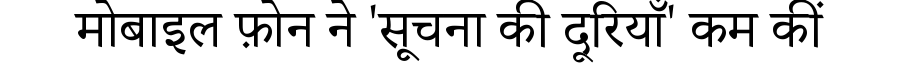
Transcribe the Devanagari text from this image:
मोबाइल फ़ोन ने 'सूचना की दूरियाँ' कम कीं